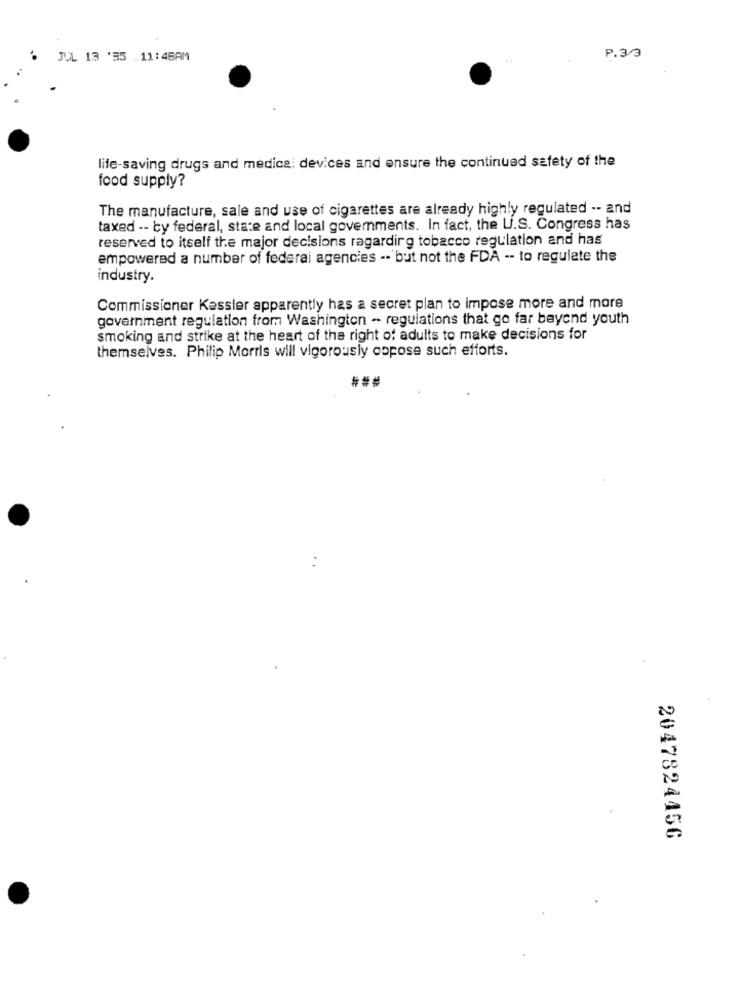
JUL 13 '35 .11: 48AM
P.33
life-saving drugs and medica: devices and ensure the continued safety of the
food supply?
The manufacture, sale and use of cigarettes are already highly regulated -- and
taxed -- by federal, state and local governments. In fact, the U.S. Congress has
reserved to itself the major decisions ragardirg tobacco regulation and has
empowered a number of federal agencies .. but not the FDA -- to regulate the
industry.
Commissioner Kessler apparently has a secret plan to impose more and more
government regulation from Washington -- regulations that go far beyond youth
smoking and strike at the heart of the right of adults to make decisions for
themselves. Philip Morris will vigorously oppose such efforts.
###
.. .
2047824456